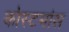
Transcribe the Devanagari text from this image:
कोस्टमांस